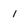
Character: 1